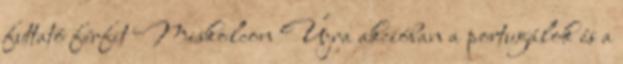
futtató férfit Miskolcon Újra akcióban a portugálok és a